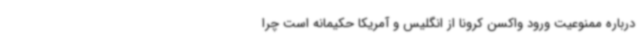
درباره ممنوعیت ورود واکسن کرونا از انگلیس و آمریکا حکیمانه است چرا